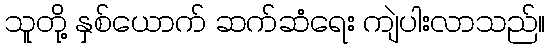
သူတို့ နှစ်ယောက် ဆက်ဆံရေး ကျဲပါးလာသည်။